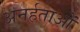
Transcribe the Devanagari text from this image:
अनर्हताओं